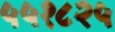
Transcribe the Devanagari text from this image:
५५१८२५